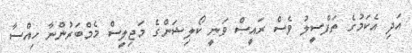
އަދި އެކަމުގެ ތަފްސީލު ވެސް ރައީސް ވަނީ ކޯލިޝަންގެ މަޖިލީސް މެމްބަރުންނާ ހިއްސާ